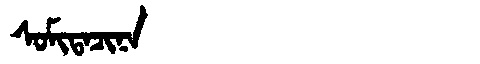
Manchu: ᠰᠣᠮᡳᡨᠠᠴᡳᠨᠠ
Romanization: SOMITACINA